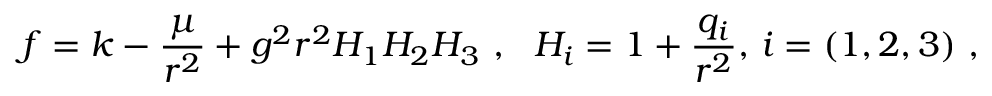
f = k - { \frac { \mu } { r ^ { 2 } } } + g ^ { 2 } r ^ { 2 } H _ { 1 } H _ { 2 } H _ { 3 } \ , \ \ H _ { i } = 1 + { \frac { q _ { i } } { r ^ { 2 } } } , \, i = ( 1 , 2 , 3 ) \ ,